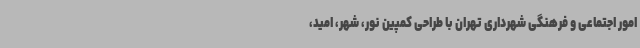
امور اجتماعی و فرهنگی شهرداری تهران با طراحی کمپین نور، شهر، امید،